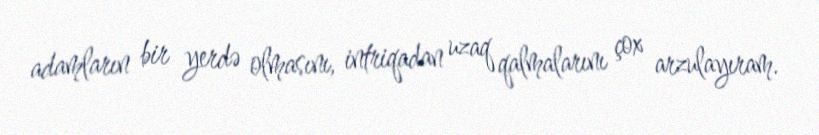
adamların bir yerdə olmasını, intriqadan uzaq qalmalarını çox arzulayıram.